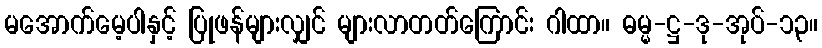
မအောက်မေ့ပါနှင့် ပြုဖန်များလျှင် များလာတတ်ကြောင်း ဂါထာ။ ဓမ္မ-ဋ္ဌ-ဒု-အုပ်-၁၃။